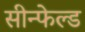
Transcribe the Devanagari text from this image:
सीन्फेल्ड